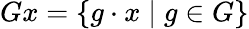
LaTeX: Gx=\left\{ g\cdot x\mid g\in G\right\}